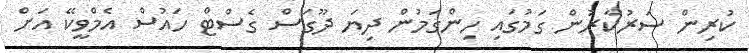
ކުރިން ސަރުކާރުން ގަމުގައި ހިންގަމުން ދިޔަ ދޫގަސް ގެސްޓް ހައުސް އެމްވީކޭ އަށް